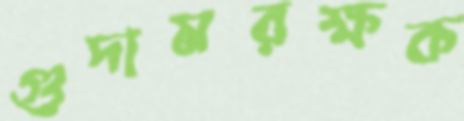
গুদামরক্ষক